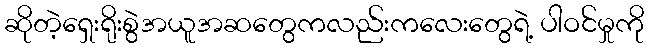
ဆိုတဲ့ရှေးရိုးစွဲအယူအဆတွေကလည်းကလေးတွေရဲ့ ပါဝင်မှုကို